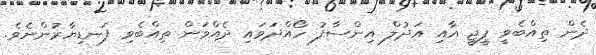
ދެން ތިއްބެވީ ޕީޖީ އާއި އަދުލް އިންސާފު ހޯއްދަވައި ދެއްވަން ތިއްބެވި ފަނޑިޔާރުންނެވެ.